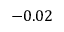
- 0 . 0 2